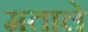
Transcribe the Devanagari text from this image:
मताले